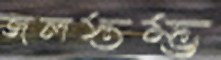
জলস্তম্ভ